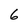
Character: 6